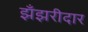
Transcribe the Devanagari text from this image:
झँझरीदार